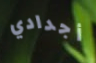
أجدادي